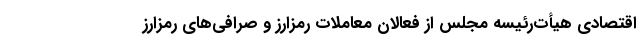
اقتصادی هيأت‌رئيسه مجلس از فعالان معاملات رمزارز و صرافی‌های رمزارز